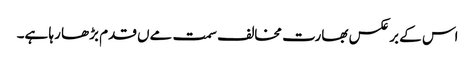
اس کے برعکس بھارت مخالف سمت مےں قدم بڑھا رہا ہے۔